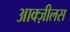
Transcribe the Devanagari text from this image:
आक्ज़ीलस